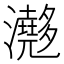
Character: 𤄮